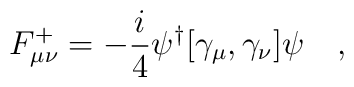
F^{+}_{\mu\nu}=-\frac{i}{4} \psi^{\dag}[\gamma_{\mu},\gamma_{\nu}]\psi~~~,